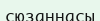
сюзаннасы